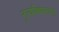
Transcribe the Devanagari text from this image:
नृत्यविद्यालयात